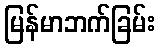
မြန်မာဘက်ခြမ်း